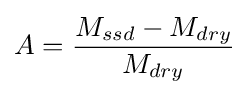
A={\frac {M_{ssd}-M_{dry}}{M_{dry}}}